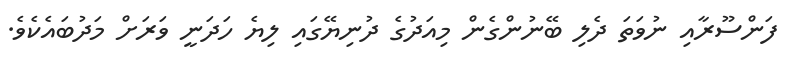
ފަންސޫރާއި ނުވަތަ ދެލި ބޭނުންގެން މިއަދުގެ ދުނިޔޭގައި ލިޔެ ހަދަނީ ވަރަށް މަދުބައެކެވެ.